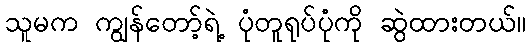
သူမက ကျွန်တော့်ရဲ့ ပုံတူရုပ်ပုံကို ဆွဲထားတယ်။